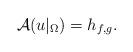
LaTeX: \begin{align*} \qquad \mathcal{A}(u|_\Omega) = h_{f,g}. \end{align*}